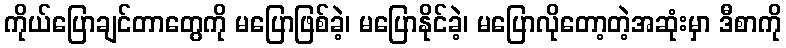
ကိုယ်ပြောချင်တာတွေကို မပြောဖြစ်ခဲ့၊ မပြောနိုင်ခဲ့၊ မပြောလိုတော့တဲ့အဆုံးမှာ ဒီစာကို